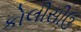
કોલીસીઉ